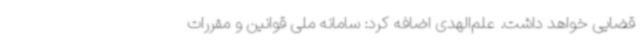
قضایی خواهد داشت. علم‌الهدی اضافه کرد: سامانه ملی قوانین و مقررات